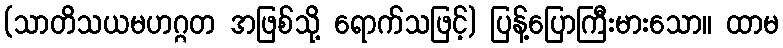
(သာတိသယမဟဂ္ဂတ အဖြစ်သို့ ရောက်သဖြင့်) ပြန့်ပြောကြီးမားသော။ ထာမ